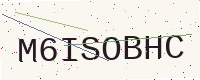
Text: M6ISOBHC